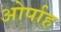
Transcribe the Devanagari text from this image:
ओर्पाह